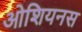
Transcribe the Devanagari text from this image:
ओशियनस